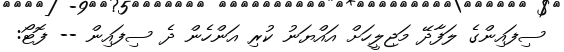
ސިފައިންގެ ލަފާދޭ މަޖިލީހަށް އައްޔަނު ކުރި އަންހެން ދެ ސިފައިން -- ފޮޓޯ: